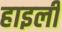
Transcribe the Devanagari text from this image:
हाइली